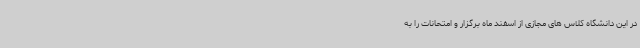
در این دانشگاه کلاس های مجازی از اسفند ماه برگزار و امتحانات را به